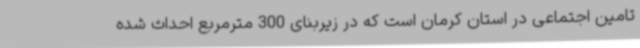
تامین اجتماعی در استان کرمان است که در زیربنای 300 مترمربع احداث شده